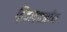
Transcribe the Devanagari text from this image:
द्विदलपत्रीय